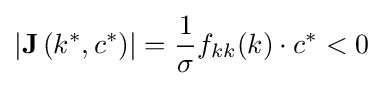
\left|\mathbf {J} \left(k^{\ast },c^{\ast }\right)\right|={\frac {1}{\sigma }}f_{kk}(k)\cdot c^{\ast }<0